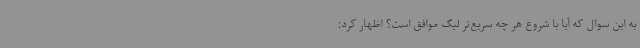
به این سوال که آیا با شروع هر چه سریع‌تر لیگ موافق است؟ اظهار کرد: